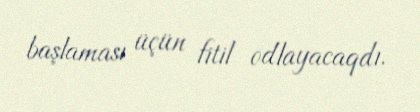
başlaması üçün fitil odlayacaqdı.